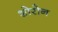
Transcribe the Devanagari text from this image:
शोरोन